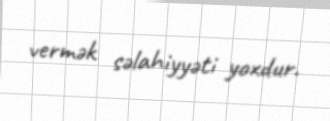
vermək səlahiyyəti yoxdur.